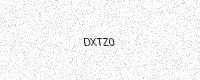
Text: DXTZ0